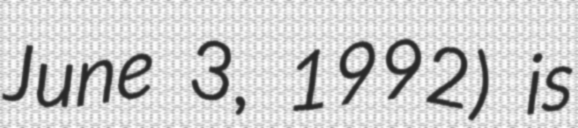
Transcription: June 3, 1992) is